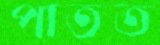
পাতত